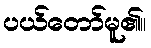
ပယ်တော်မူ၏။